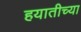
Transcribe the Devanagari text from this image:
हयातीच्या